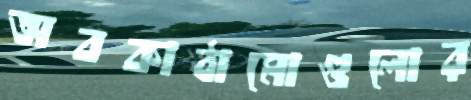
অবকাঠামোগুলোর